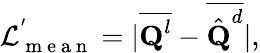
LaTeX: \mathcal{L}_{\mathrm{~m~e~a~n~}}^{'}=|\overline{{\textbf{Q}^{l}}}-\overline{{\hat{\textbf{Q}}^{d}}}|,